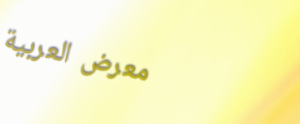
معرض العربية